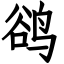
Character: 鹆